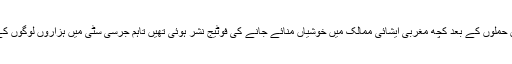
ان کا مزید کہنا تھا کہ "نائن الیون حملوں کے بعد کچھ مغربی ایشائی ممالک میں خوشیاں منائے جانے کی فوٹیج نشر ہوئی تھیں تاہم جرسی سٹی میں ہزاروں لوگوں کے جشن کا کوئی ثبوت نہیں ہے"۔